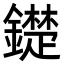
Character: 𨭣